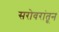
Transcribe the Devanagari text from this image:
सरोवरांतून